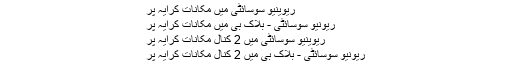
ریوینیو سوسائٹی میں مکانات کرایہ پر
ریونیو سوسائٹی - بلاک بی میں مکانات کرایہ پر
ریوینیو سوسائٹی میں 2 کنال مکانات کرایہ پر
ریونیو سوسائٹی - بلاک بی میں 2 کنال مکانات کرایہ پر